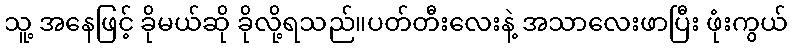
သူ့ အနေဖြင့် ခိုမယ်ဆို ခိုလို့ရသည်။ပတ်တီးလေးနဲ့ အသာလေးဖာပြီး ဖုံးကွယ်